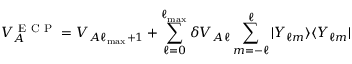
V _ { A } ^ { \mathrm { ~ E ~ C ~ P ~ } } = V _ { A \ell _ { \operatorname* { m a x } } + 1 } + \sum _ { \ell = 0 } ^ { \ell _ { \operatorname* { m a x } } } \delta V _ { A \ell } \sum _ { m = - \ell } ^ { \ell } | Y _ { \ell m } \rangle \langle Y _ { \ell m } |